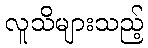
လူသိများသည့်